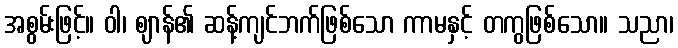
အစွမ်းဖြင့်။ ဝါ၊ ဈာန်၏ ဆန့်ကျင်ဘက်ဖြစ်သော ကာမနှင့် တကွဖြစ်သော။ သညာ၊